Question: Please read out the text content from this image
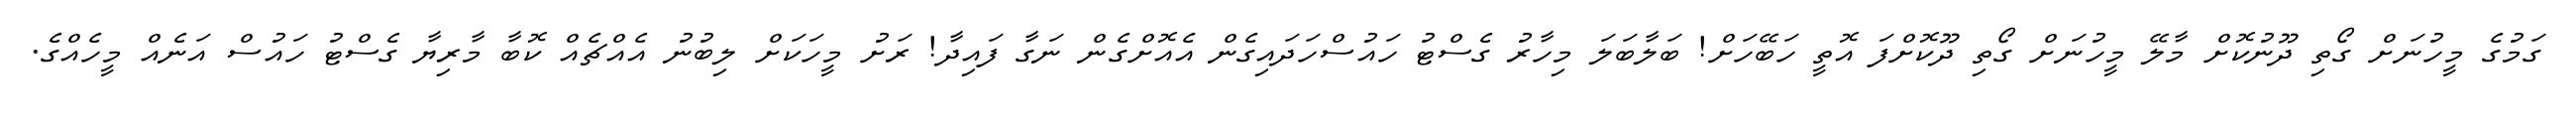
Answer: ގަމުގެ މީހުނަށް ގޯތި ދޫނުކޮށް މާލޭ މީހުނަށް ގޯތި ދޫކޮށްފަ އޮތީ ހަބޭހަށް! ބަލާބަލަ މިހާރު ގެސްޓު ހައުސްހަދައިގެން އެއޮށްގެން ނަގާ ފައިދާ! ރަށު މީހަކަށް ލިބުނު އެއްޗެއް ކޮބާ މާރިޔާ ގެސްޓު ހައުސް އަނެއް މީހެއްގެ.